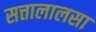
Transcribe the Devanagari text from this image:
सत्तालालसा